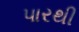
પારથી